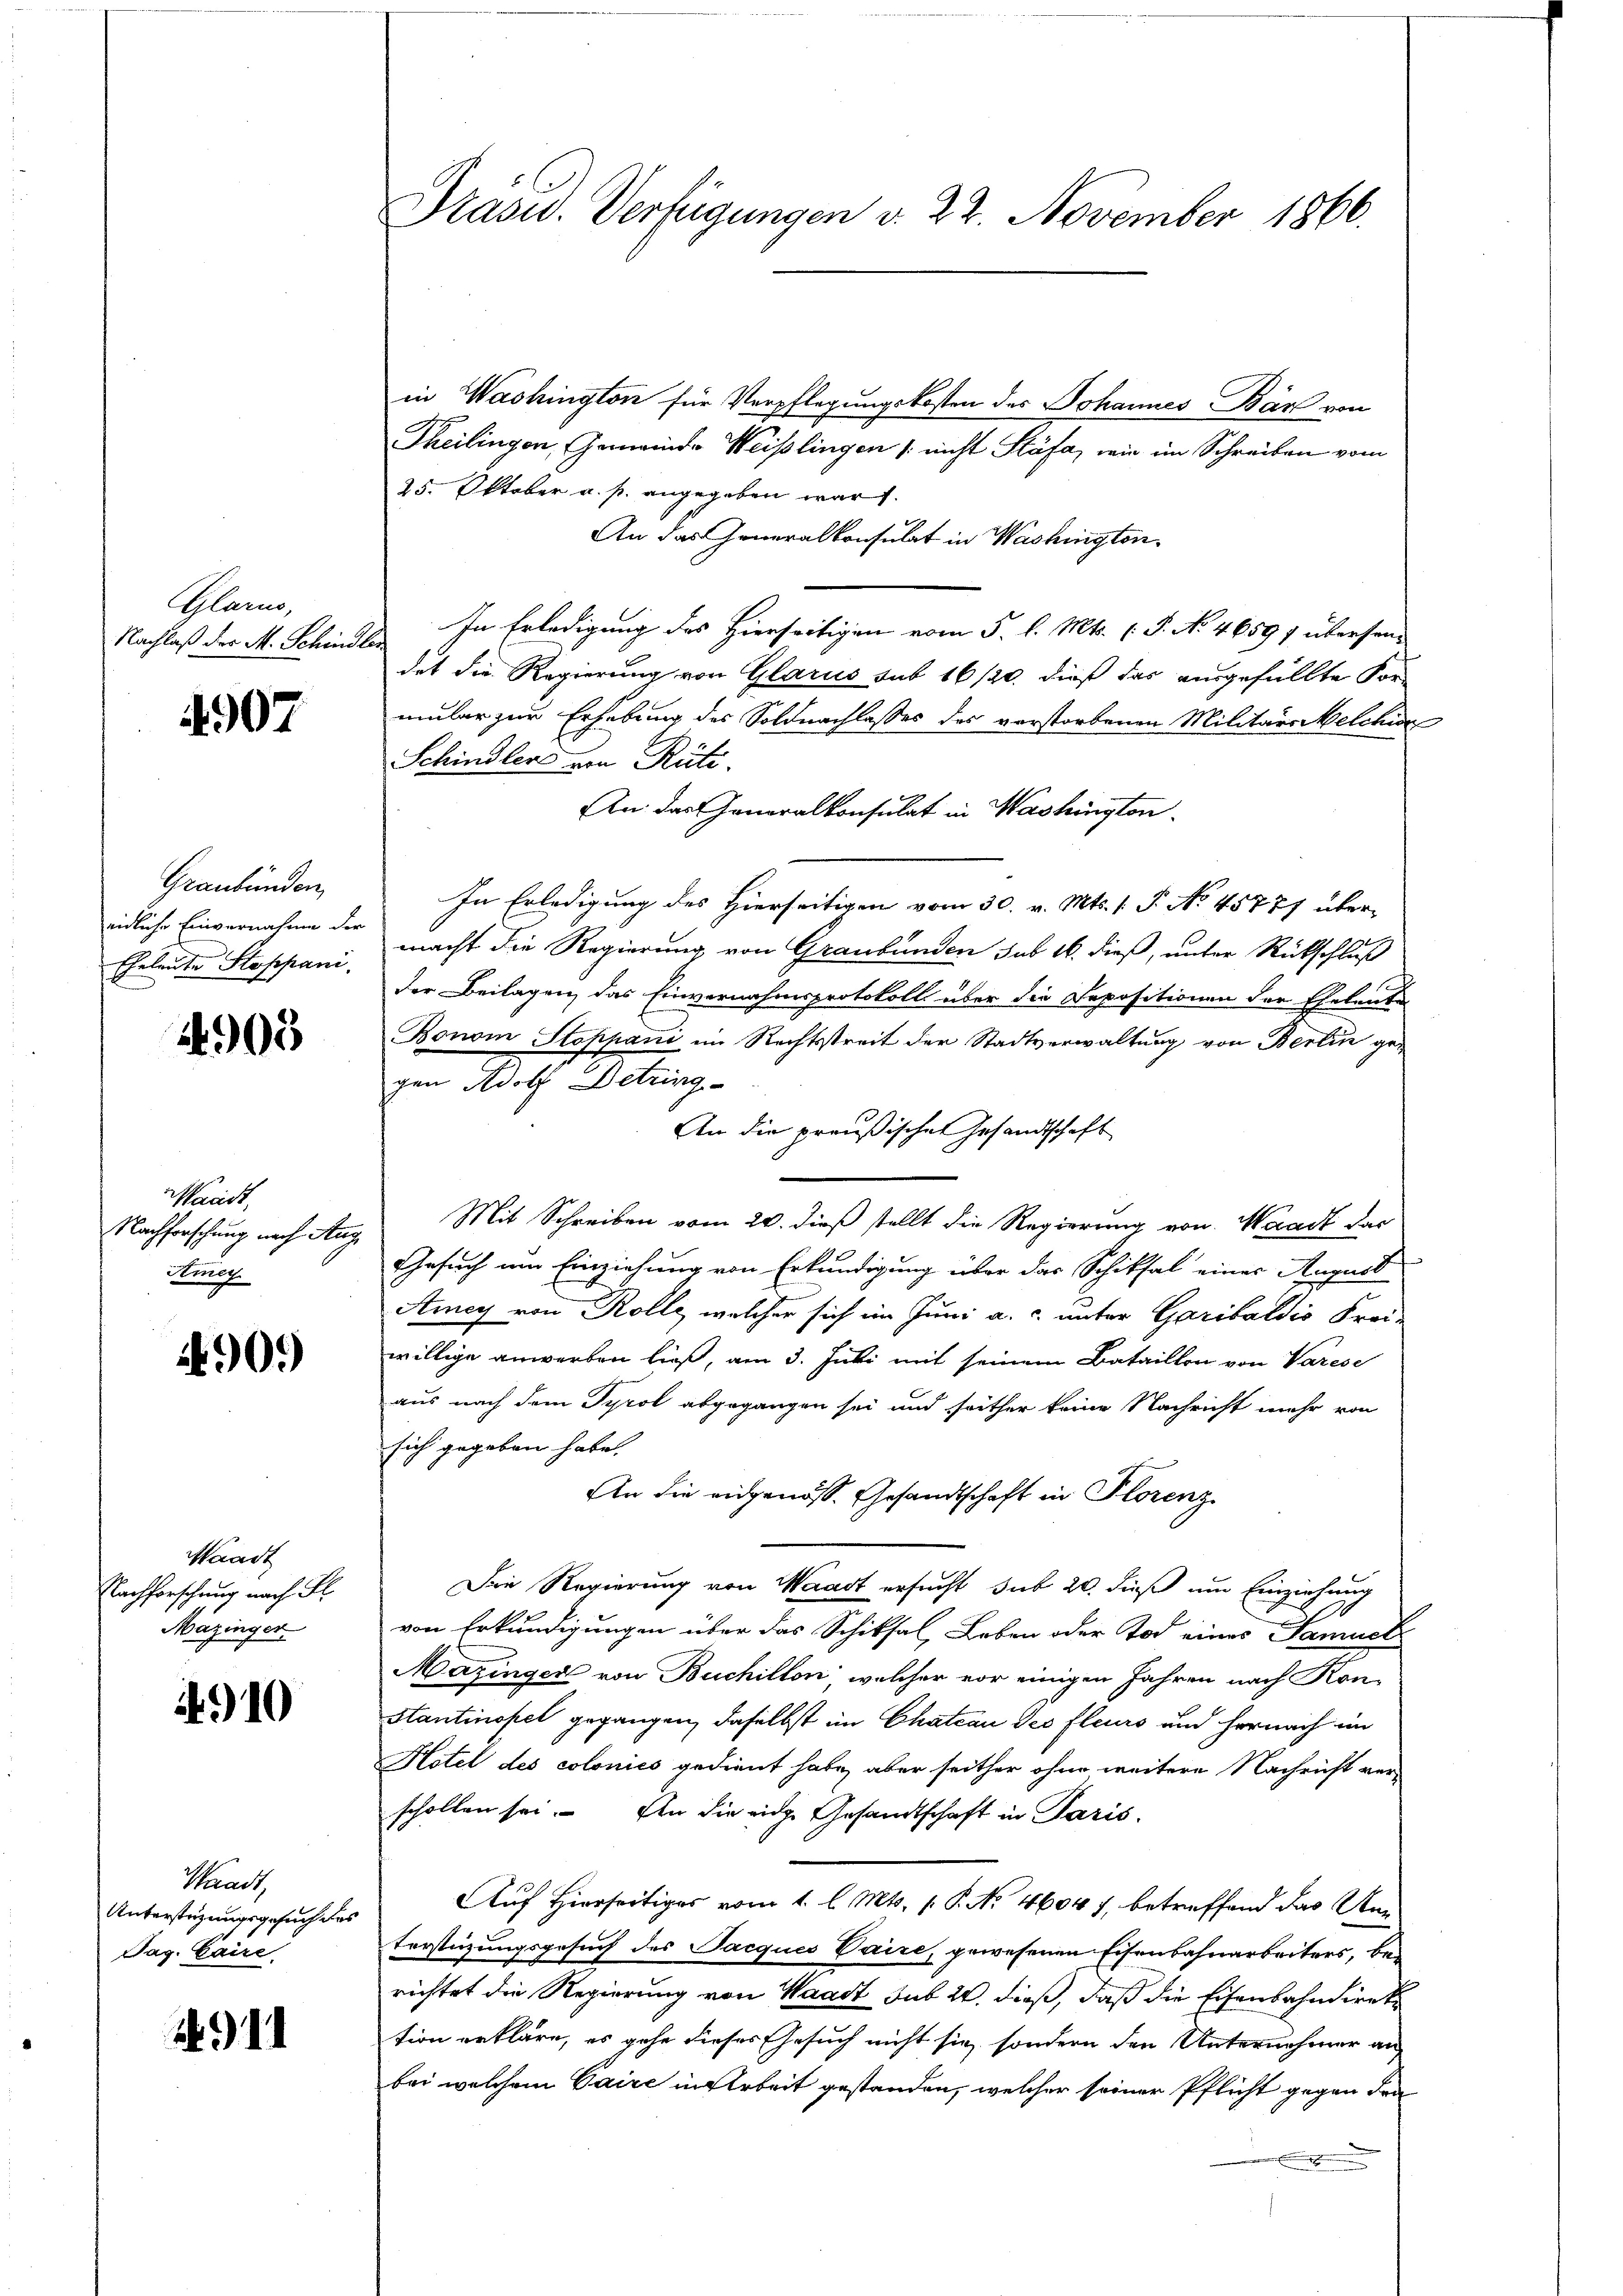
Glarus,
Nachlaß der M. Schinde

4907

Graubünden,
eidliche Einvernahme der
Eheleute Stoppani

4905

Waadt,
Nachforschung nach Aug
Amey

90.)

Waadt
Nachforschung nach Fl
Mazinger.

4910

Stadt
Unterstüzungsgesuch des
Tag. Caire

1

Präsid. Verfügungen d. 22. November 1866.

in Washington für Verpflegungskosten des Johannes Bär von
Theilingen, Gemeinde Weißlingen /: nicht Stäfa, wie im Schreiben vom
25. Oktober a. p. angegeben war.
An das Generalkonsulat in Washington¬
In Erledigung des Hierseitigen vom 5. l. Mts. (T. No. 4659 f übersenr
det die Regierung von Glarus sub 16/20. dieß das ausgefüllte For-
mular zur Erhebung des Soldnachlasses des vorstorbenen Militärs Melchion
Schindlers von Rüti.
An das Generalkonsulat in Washington
In Erledigung des Hierseitigen vom 30. v. Mts. 1. P. No 45777 übermacht die Regierung von Graubünden sub 16. dieß, unter Rückschluß
der Beilagen, das Einvernahmsprotokoll über die Depositionen der Eheleute
Bonom Stoppani im Rechtsstreit der Stadtverwaltung von Berlin gegen Adolf Detzing
An die preußischen Gesandtschaft
Mit Schreiben vom 20. dieß stellt die Regierung von Waadt das
Gesuch um Einziehung von Erkundigung über das Schiksal eines August
Amey von Rolle, welcher sich im Juni a. c. unter Garibaldis Frei-
willige anwerben ließ, am 3. Juli mit seinem Bataillon von Varese
aus nach dem Tyrol abgegangen sei und seither keine Nachricht mehr von
sich gegeben habe.
An die eidgenöss. Gesandtschaft in Florenz
Die Regierung von Waadt ersucht sub 20. dieß um Einziehung
von Erkundigungen über das Schiksal, Leben oder Tod eines Samuel
Mazinger von Buchillon, welcher vor einigen Jahren nach Kon-
stantinopel gegangen, daselbst im Chateau des fleurs und hernach im
Hotel des colonico gedient habe, aber seither ohne weitere Nachricht ver-
schollen sei. An die eige Gesandtschaft in Paris.
Auf Hierseitiges vom 1. l. Mts. 1. P. No 4604 f. betreffend das Anterstüzungsgesuch des Jacques Vaire, gewesenen Eisenbahnarbeiters, berichtet die Regierung von Waadt sub 20. dieß, daß die Eisenbahndirek
tion erkläre, es gehe dieses Gesuch nicht sie sondern den Unternehmer an
bei welchem Caire in Arbeit gestanden, welcher seiner Pflicht gegen den